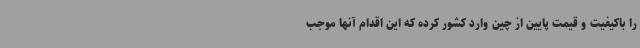
را باکیفیت و قیمت پایین از چین وارد کشور کرده که این اقدام آنها موجب